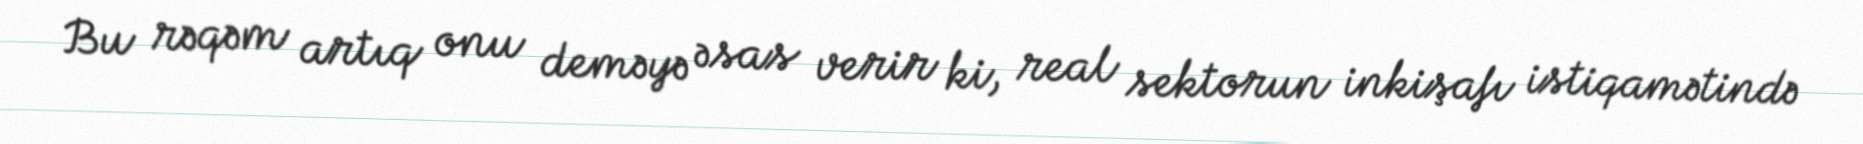
Bu rəqəm artıq onu deməyə əsas verir ki, real sektorun inkişafı istiqamətində